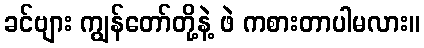
ခင်ဗျား ကျွန်တော်တို့နဲ့ ဖဲ ကစားတာပါမလား။